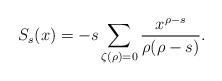
\begin{align*}S_{s}(x) = -s \sum_{\zeta(\rho) = 0} \frac{x^{\rho-s}}{\rho(\rho-s)}.\end{align*}